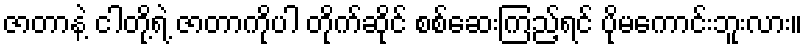
ဇာတာနဲ့ ငါတို့ရဲ့ ဇာတာကိုပါ တိုက်ဆိုင် စစ်ဆေးကြည့်ရင် ပိုမကောင်းဘူးလား။